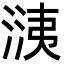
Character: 㴣